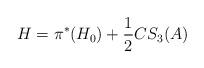
LaTeX: \begin{align*} H = \pi^{\ast}(H_{0}) + \frac{1}{2} CS_{3}(A)\end{align*}